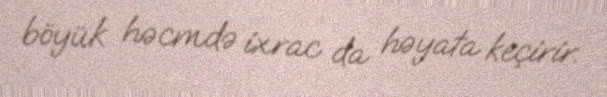
böyük həcmdə ixrac da həyata keçirir.